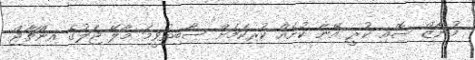
މުނާޒް ސޮއި ކުރީ އޭނާ ކުށެއް ކުރިކަމަށް ސާބިތުވީމަ މާލޭ ޖަލުގެ އިންޗާޖް